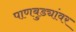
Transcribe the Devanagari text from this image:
पाणबुड्यांवर